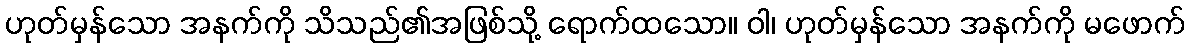
ဟုတ်မှန်သော အနက်ကို သိသည်၏အဖြစ်သို့ ရောက်ထသော။ ဝါ၊ ဟုတ်မှန်သော အနက်ကို မဖောက်